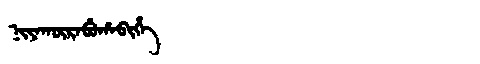
Manchu: ᠨᡳᠶᠠᡴᡡᡵᠠᠪᡠᡥᠠᠪᡳᡥᡝ
Romanization: NIYAKŪRABUHABIHE